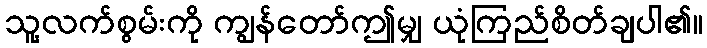
သူ့လက်စွမ်းကို ကျွန်တော်ဤမျှ ယုံကြည်စိတ်ချပါ၏။